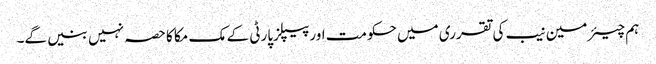
ہم چیئرمین نیب کی تقرری میں حکومت اورپیپلزپارٹی کے مک مکا کا حصہ نہیں بنیں گے۔